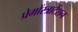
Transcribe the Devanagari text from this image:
प्रेमोंस्त्राटेंशन